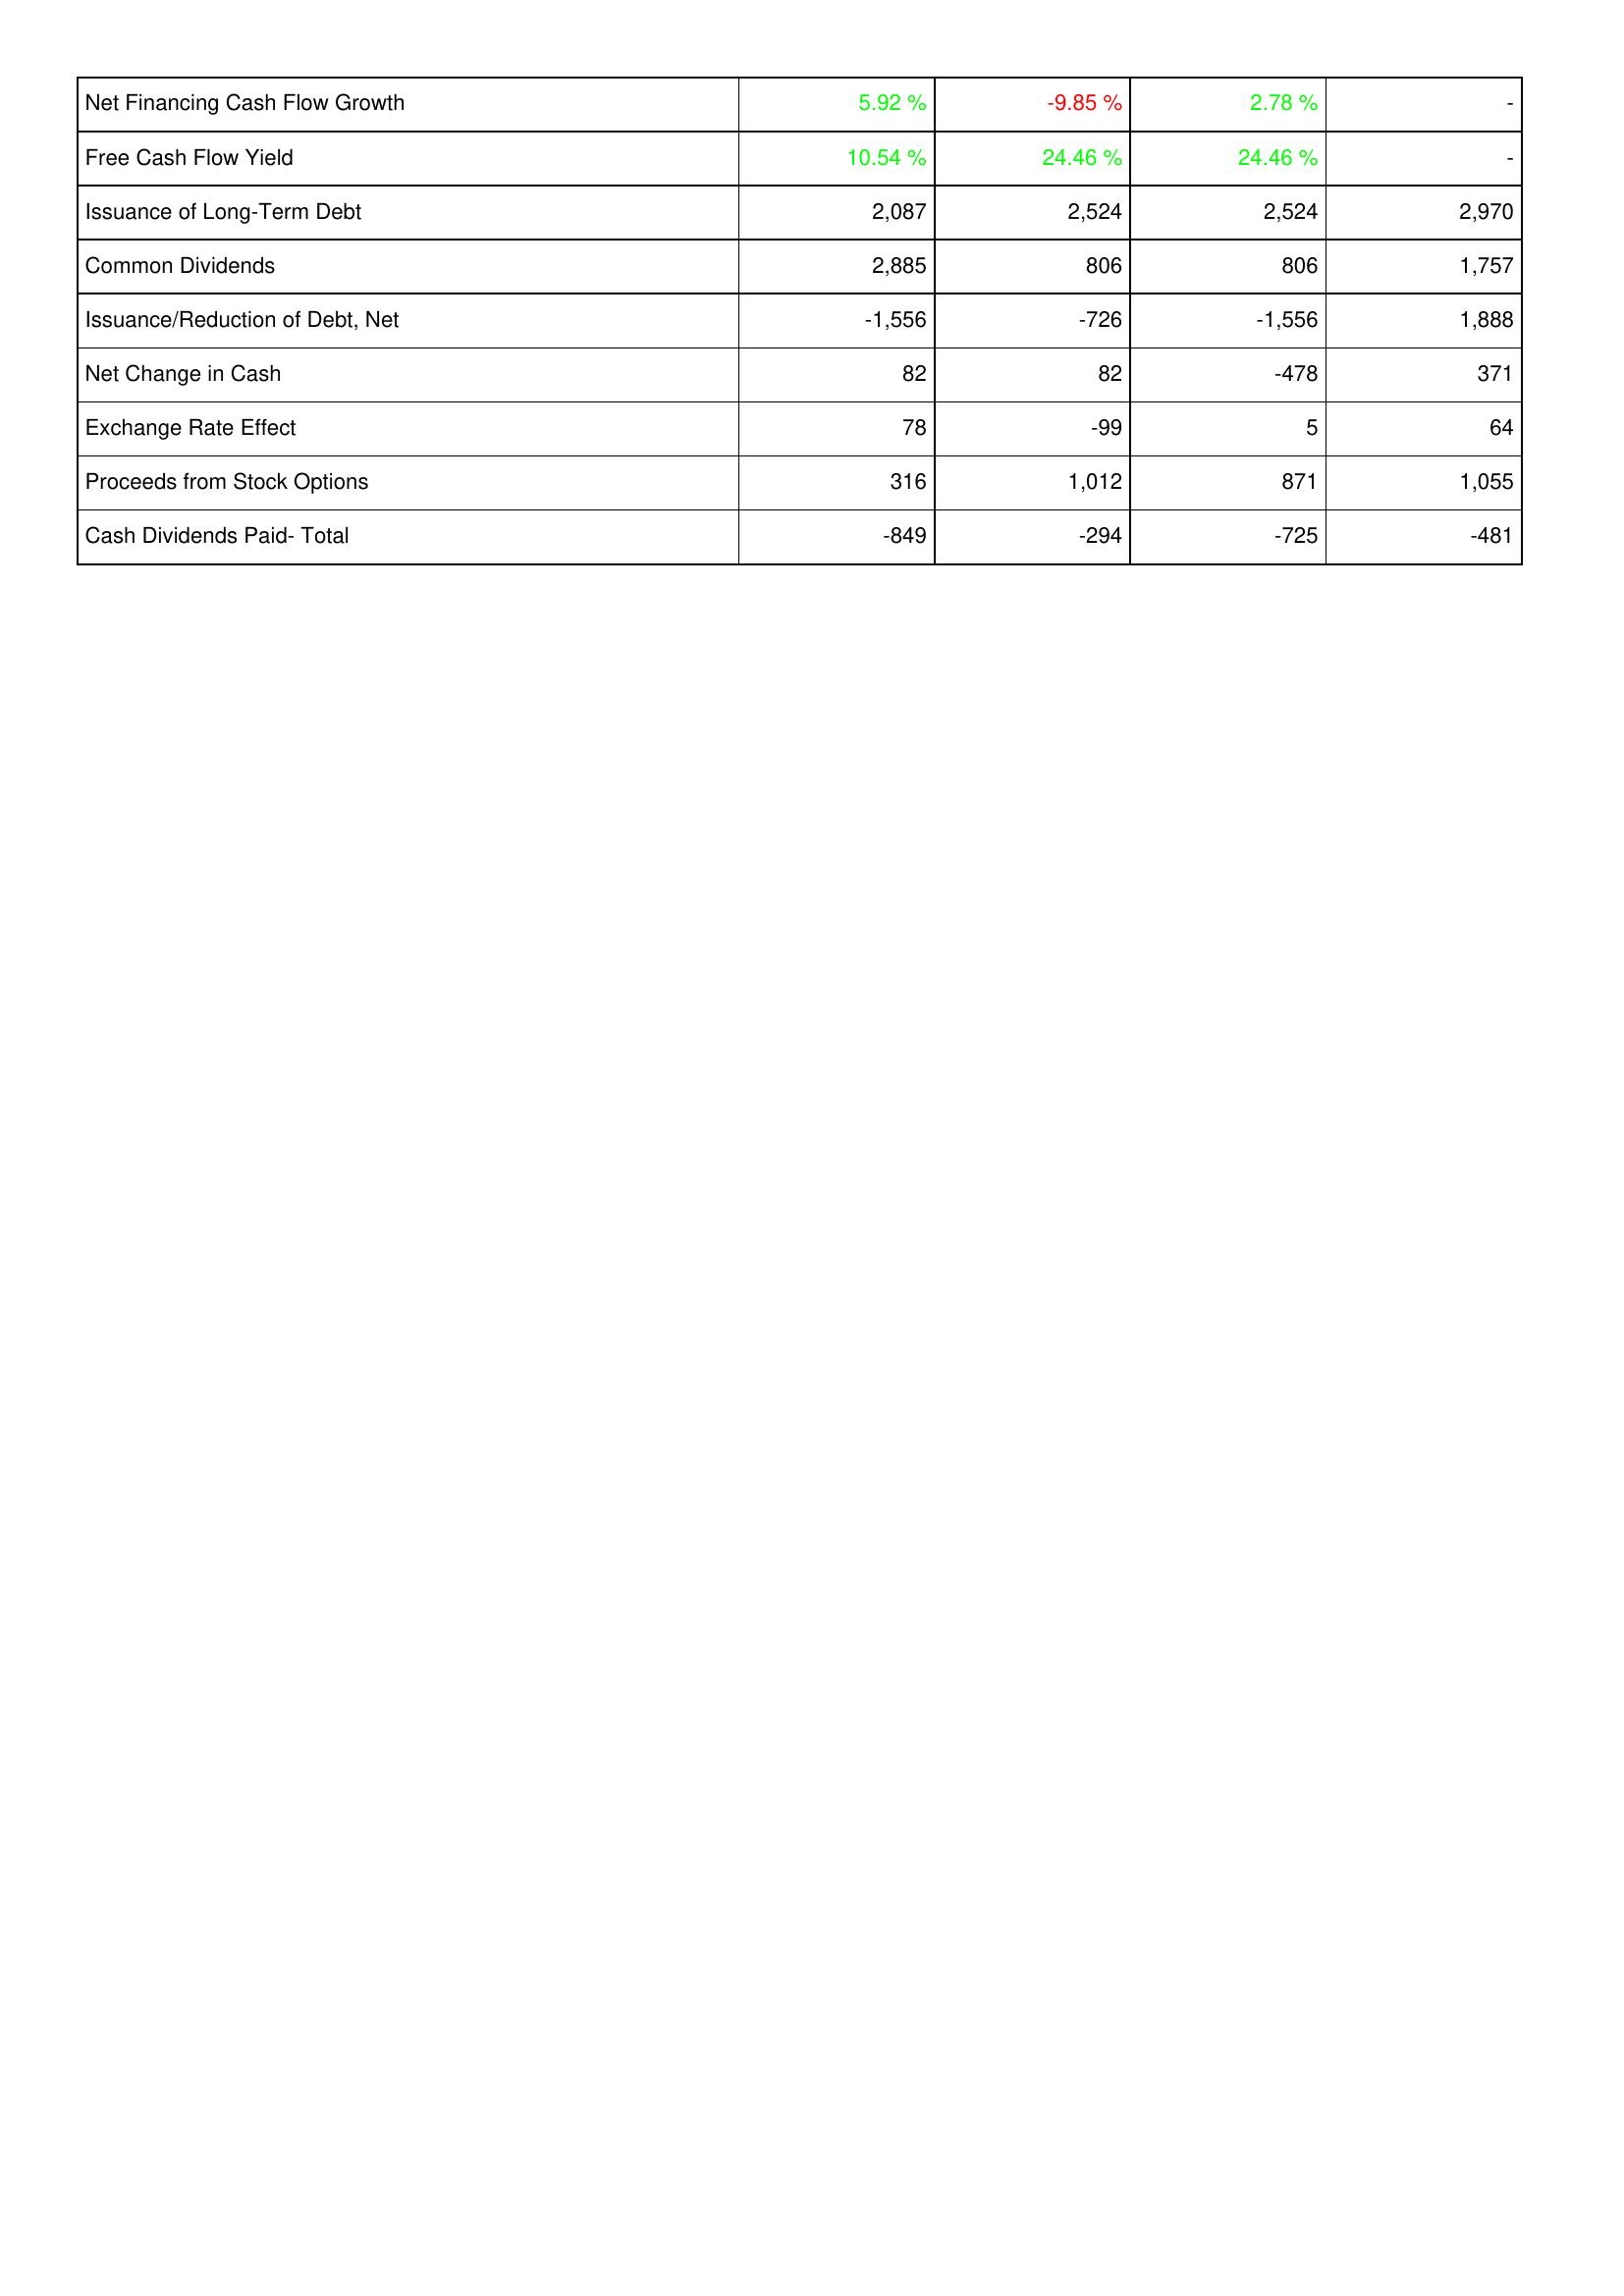
2020: Financing Activities: Net Financing Cash Flow Growth: 5.92 %
Free Cash Flow Yield: 10.54 %
Issuance of Long-Term Debt: 2,087
Common Dividends: 2,885
Issuance/Reduction of Debt, Net: -1,556
Net Change in Cash: 82
Exchange Rate Effect: 78
Proceeds from Stock Options: 316
Cash Dividends Paid- Total: -849
2021: Financing Activities: Net Financing Cash Flow Growth: -9.85 %
Free Cash Flow Yield: 24.46 %
Issuance of Long-Term Debt: 2,524
Common Dividends: 806
Issuance/Reduction of Debt, Net: -726
Net Change in Cash: 82
Exchange Rate Effect: -99
Proceeds from Stock Options: 1,012
Cash Dividends Paid- Total: -294
2022: Financing Activities: Net Financing Cash Flow Growth: 2.78 %
Free Cash Flow Yield: 24.46 %
Issuance of Long-Term Debt: 2,524
Common Dividends: 806
Issuance/Reduction of Debt, Net: -1,556
Net Change in Cash: -478
Exchange Rate Effect: 5
Proceeds from Stock Options: 871
Cash Dividends Paid- Total: -725
2023: Financing Activities: Net Financing Cash Flow Growth: -
Free Cash Flow Yield: -
Issuance of Long-Term Debt: 2,970
Common Dividends: 1,757
Issuance/Reduction of Debt, Net: 1,888
Net Change in Cash: 371
Exchange Rate Effect: 64
Proceeds from Stock Options: 1,055
Cash Dividends Paid- Total: -481